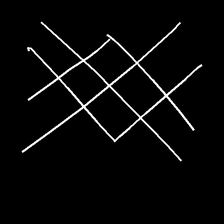
Glyph: crystal